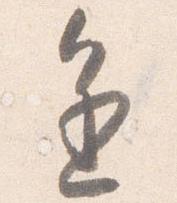
進